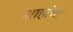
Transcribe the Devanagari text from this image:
शाहांचा